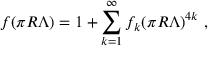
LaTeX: f ( \pi R \Lambda ) = 1 + \sum _ { k = 1 } ^ { \infty } f _ { k } ( \pi R \Lambda ) ^ { 4 k } \ ,